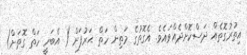
އިތުރުގޮތެއް ދަސްކޮށްދެއްވައެވެ. އެގޮތުގެ މަތިން ހަތް ޙަރުފަށް ( އެބަހީ ހަތް ގޮތަށް)